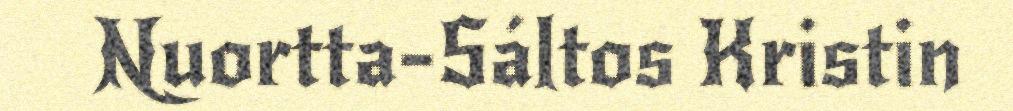
Nuortta-Sáltos Kristin